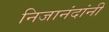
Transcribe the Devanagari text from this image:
निजानंदांनी